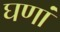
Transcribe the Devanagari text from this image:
घणां